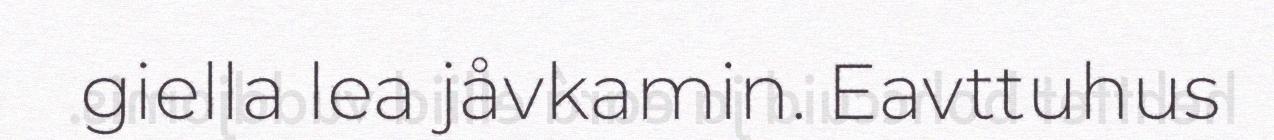
giella lea jåvkamin. Eavttuhus